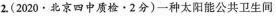
2.(2020·北京四中质检·2分)一种太阳能公共卫生间